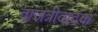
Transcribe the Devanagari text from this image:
वाजंत्रीवादक